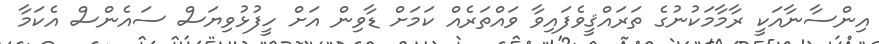
އިންސާނާއަކީ ރާމާމަކުނުގެ ތަރައްޤީވެފައިވާ ވައްތަރެއް ކަމަށް ޑާވިން އަށް ހީފުޅުވިޔަސް ސައެންސް އެކަމާ